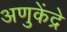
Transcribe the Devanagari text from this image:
अणुकेंद्रे